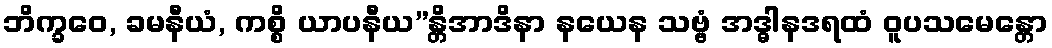
ဘိက္ခဝေ, ခမနီယံ, ကစ္စိ ယာပနီယ”န္တိအာဒိနာ နယေန သဗ္ဗံ အဒ္ဓါနဒရထံ ဝူပသမေန္တော